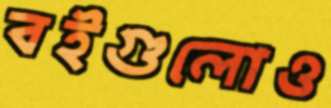
বইগুলোও